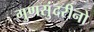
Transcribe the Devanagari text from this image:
गुणसुंदरीनो